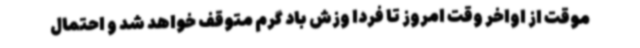
موقت از اواخر وقت امروز تا فردا وزش باد گرم متوقف خواهد شد و احتمال